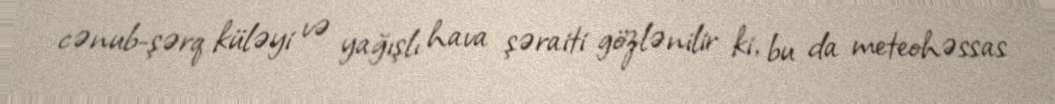
cənub-şərq küləyi və yağışlı hava şəraiti gözlənilir ki, bu da meteohəssas